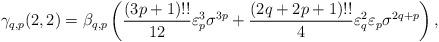
LaTeX: \begin{align*}\gamma_{q,p}(2,2)=\beta_{q,p}\left(\frac{(3p+1)!!}{12}\varepsilon_{p}^{3}\sigma^{3p}+\frac{(2q+2p+1)!!}{4} \varepsilon_{q}^{2}\varepsilon_{p}\sigma^{2q+p} \right),\end{align*}